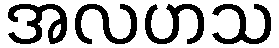
အလဟသ